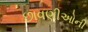
છાવણીઓની